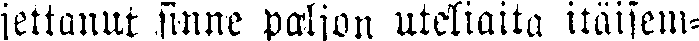
jettanut sinne paljon uteliaita itäisem-